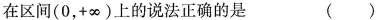
在区间(0，+\infty )上的说法正确的是 ( )